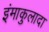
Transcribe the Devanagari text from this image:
इंमाकुलादा